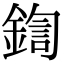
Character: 鍧